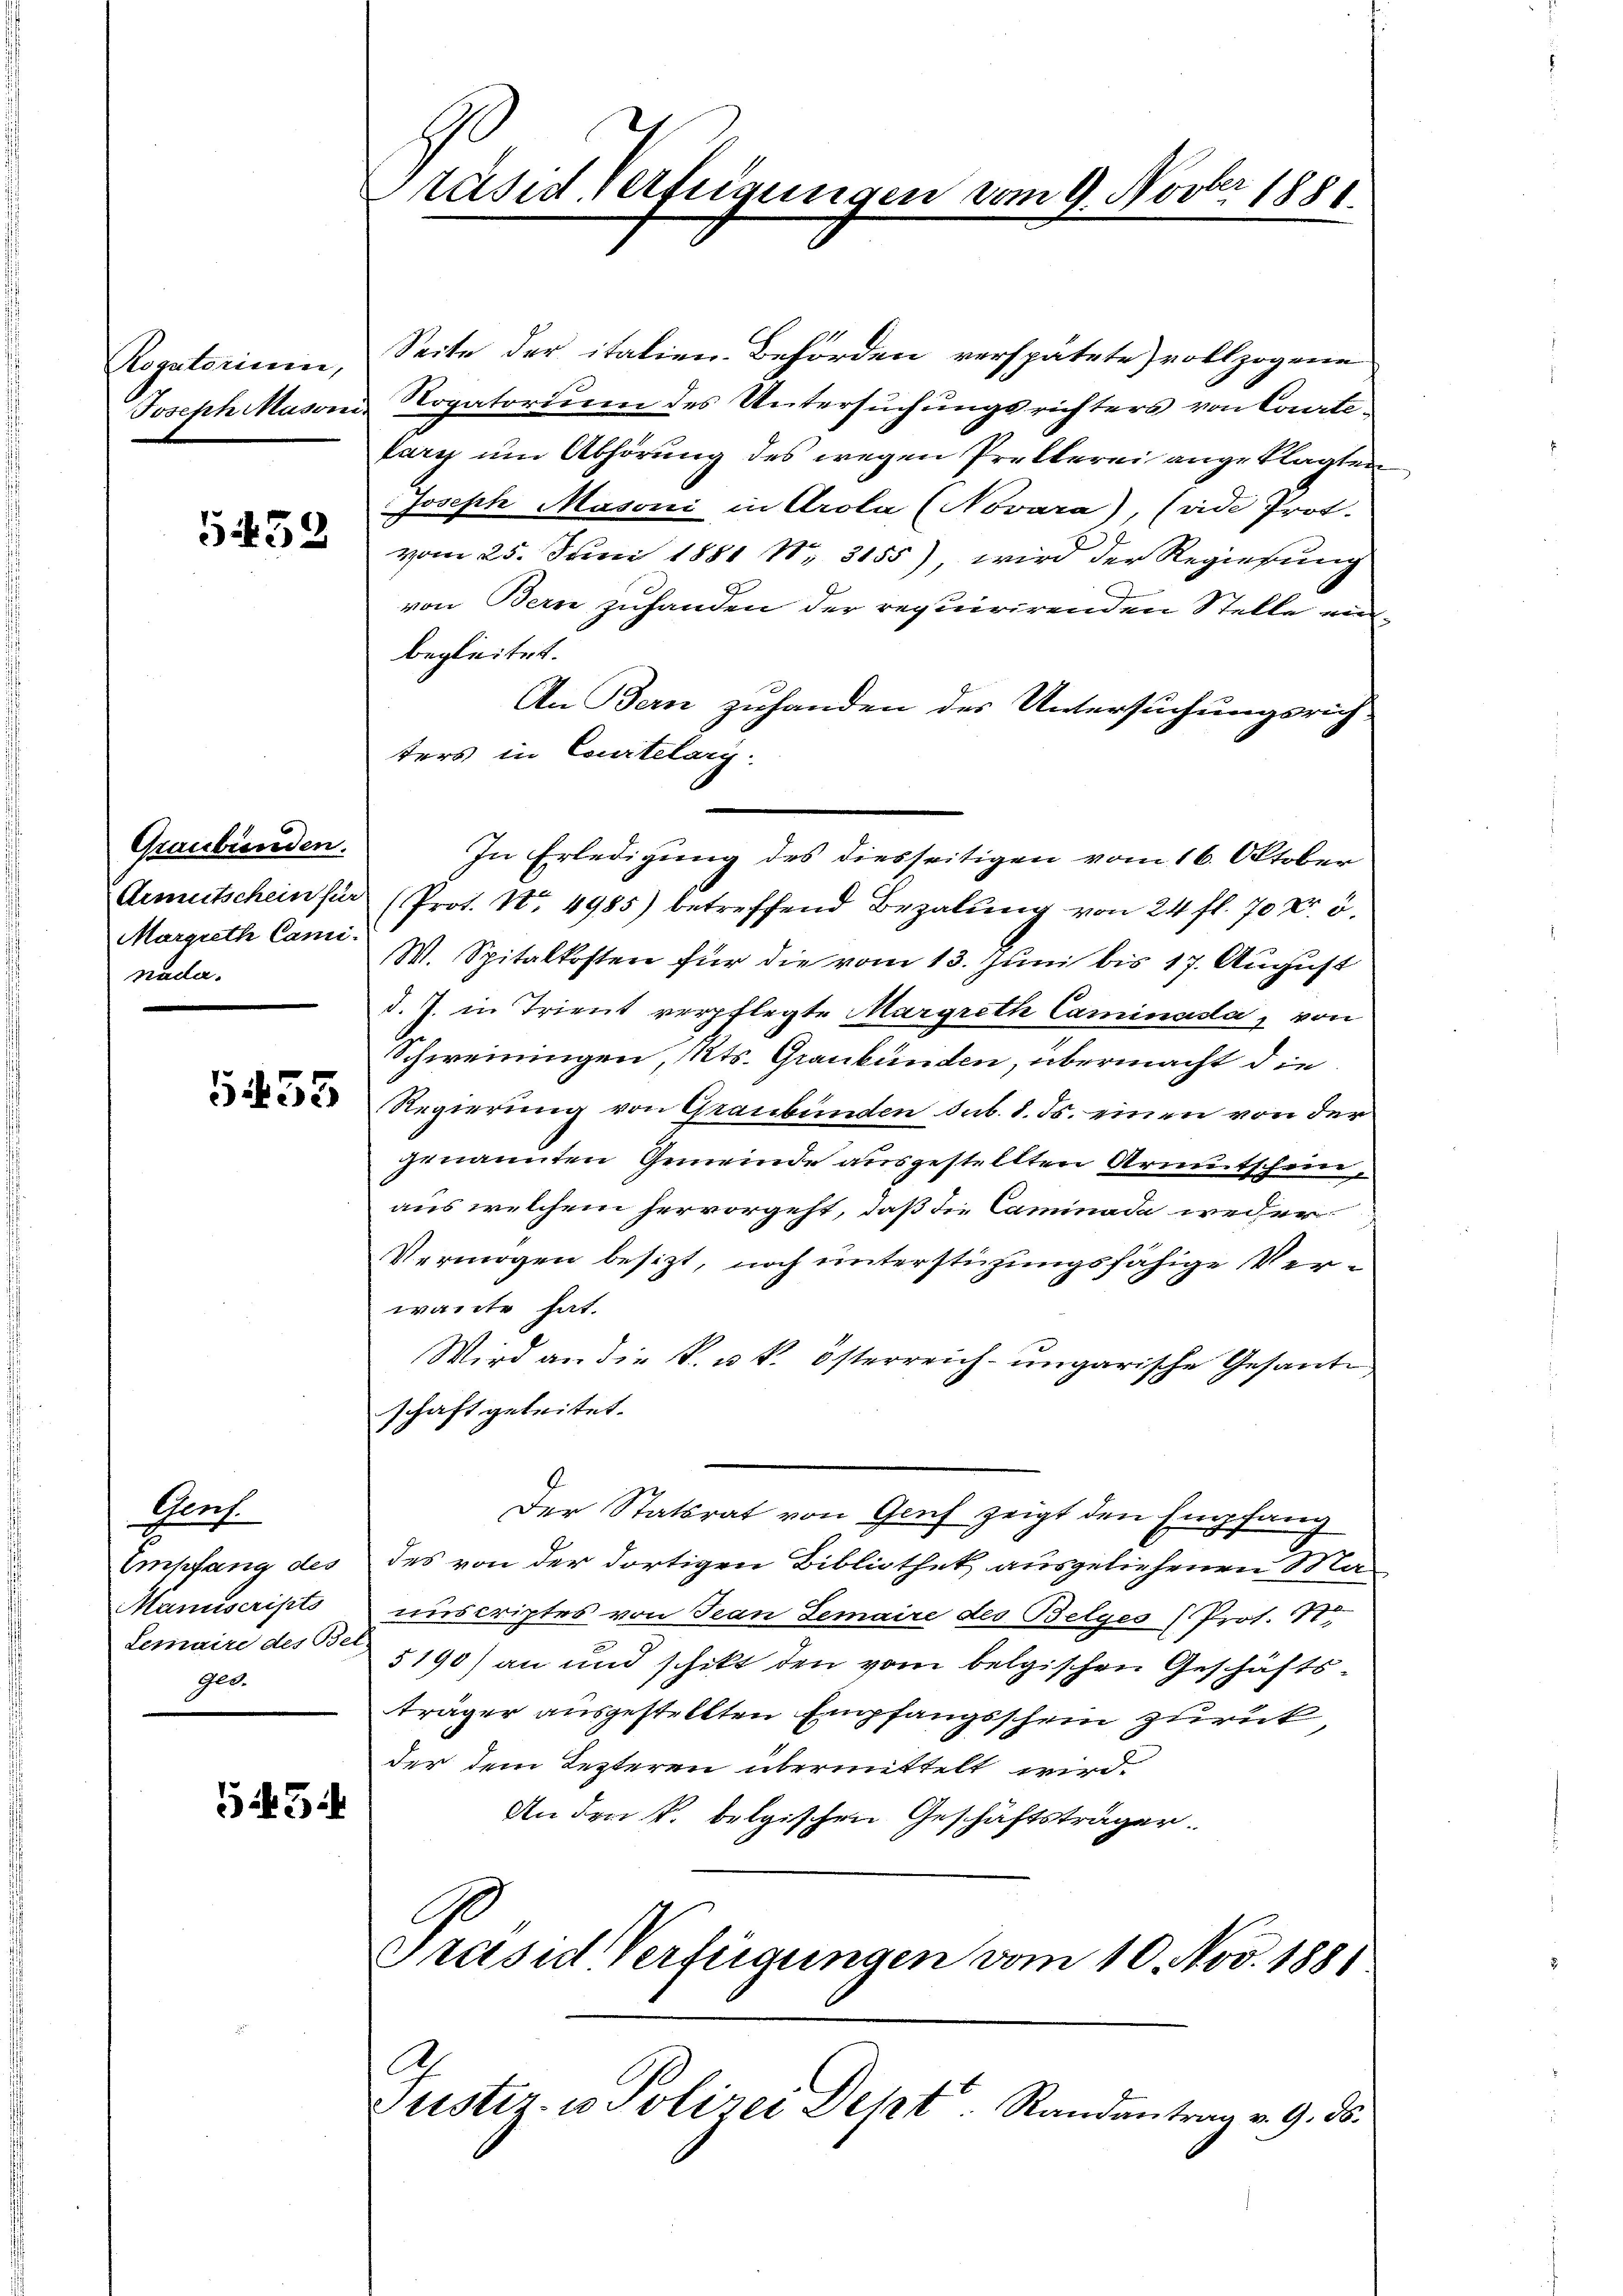
Rogatorium,
Joseph Masonni

5452

Graubünden.
Armutschein für
Margreth Cami
nada.

5433

Genf.
Empfang des
Manuscripts
Lemaire des Be-
ge.

35

räsid. Verfügungen vom 9. Novber 1881.

Seite der italien. Behörden verspätete vollzogene
Rogatorium des Untersuchungsrichters von Conte-
tary um Abhörung des wegen Proklerei angeklagten
Joseph Masoni in Arola (Novara), (vide Prot
vom 25. Juni 1881 Nr. 3155), wird der Regierung
von Bern zuhanden der requirirenden Stelle einbegleitet.
An Bern zuhanden der Untersuchungsrich-
ters in Courtelarg.
In Erledigung des diesseitigen vom 16. Oktober
(Prot. No. 4985) betreffend Bezalung von 24 fl. 70 Fr. 5.
W. Spitalkosten für die vom 13. Juni bis 17. August
d. J. in Trient verpflegte Margreth Caminada, von
Schweiningen, Kts. Graubünden, übermacht die
Regierung von Graubünden sub. 8. ds. einen von der
genannten Gemeinde ausgestellten Armutschein,
aus welchem hervorgeht, daß die Caminada weder
Vermögen besizt, noch unterstüzungsfähige Verwante hat.
Wird an die K. u. k. österreich-ungarische Gesante
schaft geleitet.
Der Statsrat von Gruf zeigt den Empfang
des von der dortigen Bibliothek ausgeliehenen Ma-
anscriptes von Jean Gemaire des Belges (Prof. 1770
5190) an und schikt den vom belgischen Geschäftsträger ausgestellten Empfangsschein zurück
der dem Lezteren übermittelt wird.
An der k. belgischen Geschäftsträger.
Präsid Verfügungen vom 10. Nov. 1881
C
Justiz- u Polizei Dept. Randantrag v. 9. ds.

.